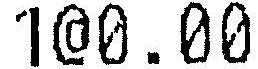
1@0.00